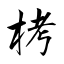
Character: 栲